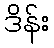
ဒိန်း